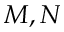
M , N